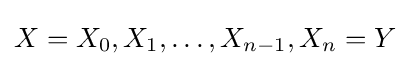
X=X_{0},X_{1},\ldots ,X_{n-1},X_{n}=Y